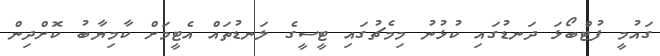
ގައުމީ ފުޓްބޯޅަ ދަނޑުގައި ކުޅުނު މިމެޗުގައި ޓީސީގެ ލަނޑުތައް އެޓީމަށް ކާމިޔާބު ކޮށްދިން